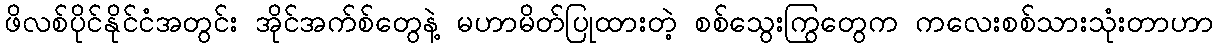
ဖိလစ်ပိုင်နိုင်ငံအတွင်း အိုင်အက်စ်တွေနဲ့ မဟာမိတ်ပြုထားတဲ့ စစ်သွေးကြွတွေက ကလေးစစ်သားသုံးတာဟာ